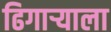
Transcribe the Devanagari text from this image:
ढिगाऱ्याला